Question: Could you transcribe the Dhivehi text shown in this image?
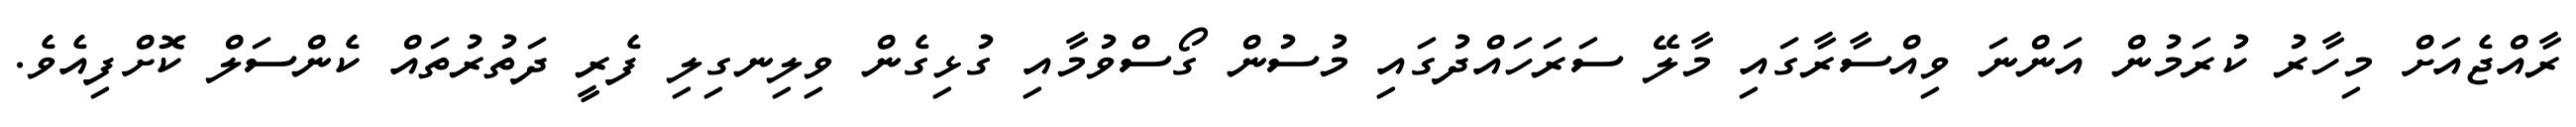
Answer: ރާއްޖެއަށް މިހާރު ކުރަމުން އަންނަ ވިއްސާރާގައި މާލޭ ސަރަހައްދުގައި މުސުން ގޯސްވުމާއި ގުޅިގެން ވިލިނގިލި ފެރީ ދަތުރުތައް ކެންސަލް ކޮށްފިއެވެ.